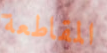
المقاطعة